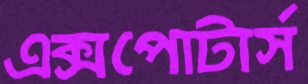
এক্সপোটার্স